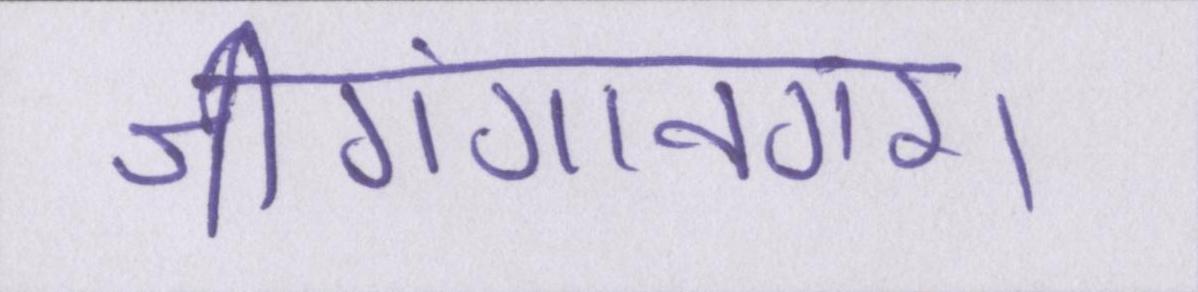
श्रीगंगानगर।